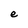
Character: e